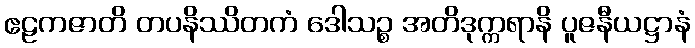
ဧဠကဇာတိ တပနိဿိတကံ ဒေါသဉ္စ အတိဒုက္ကရာနိ ပူဇနီယဋ္ဌာနံ